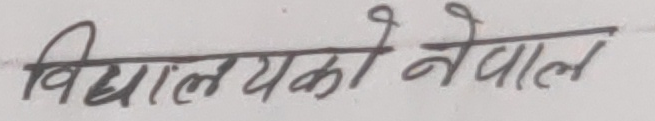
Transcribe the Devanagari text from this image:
विद्यालयको नेपाल